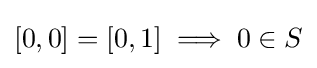
[0,0]=[0,1]\implies 0\in S